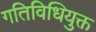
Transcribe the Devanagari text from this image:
गतिविधियुक्त